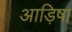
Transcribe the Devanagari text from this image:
आड़िषा